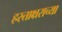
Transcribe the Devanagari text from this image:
हस्ताक्षराच्या